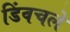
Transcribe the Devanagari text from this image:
डिंवचले